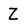
Character: Z